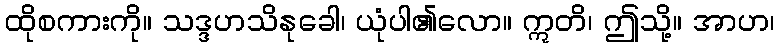
ထိုစကားကို။ သဒ္ဒဟသိနုခေါ၊ ယုံပါ၏လော။ ဣတိ၊ ဤသို့။ အာဟ၊